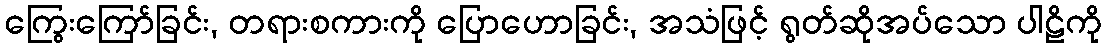
ကြွေးကြော်ခြင်း, တရားစကားကို ပြောဟောခြင်း, အသံဖြင့် ရွတ်ဆိုအပ်သော ပါဠိကို